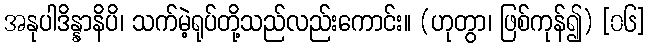
အနုပါဒိန္နာနိပိ၊ သက်မဲ့ရုပ်တို့သည်လည်းကောင်း။ (ဟုတွာ၊ ဖြစ်ကုန်၍) [၀၆]